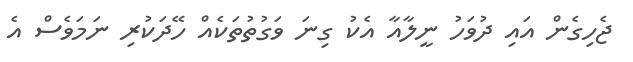
ޖެހިގެން އައި ދުވަހު ނީލާއާ އެކު ގިނަ ވަގުތުތަކެއް ހޭދަކުރި ނަމަވެސް އެ